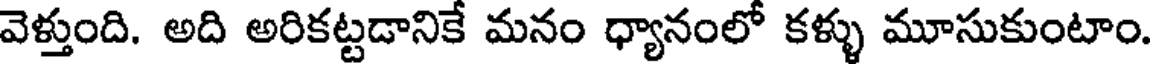
వెళ్తుంది. అది అరికట్టడానికే మనం ధ్యానంలో కళ్ళు మూసుకుంటాం.